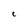
Character: c